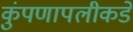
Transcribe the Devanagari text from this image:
कुंपणापलीकडे